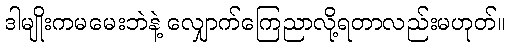
ဒါမျိုးကမမေးဘဲနဲ့ လျှောက်ကြေညာလို့ရတာလည်းမဟုတ်။